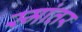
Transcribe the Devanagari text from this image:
स्मांतर